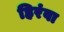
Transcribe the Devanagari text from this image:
हिरंवा